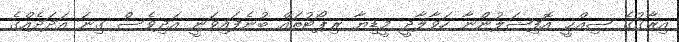
އިރާޤުގެ ޞިއްޙީ އޮފިޝަލުންނާ ހަވާލާދީ މީޑިޔާ ރިޕޯޓުތައް ބުނެފައިވަނީ އަދިވެސް ގިނަ އަދަދެއްގެ